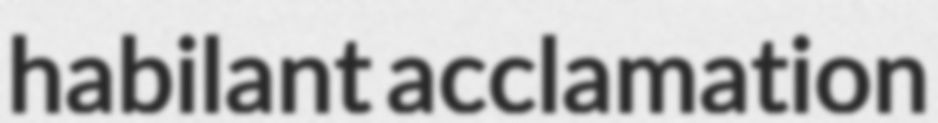
habilant acclamation